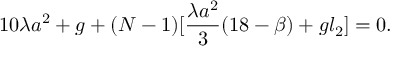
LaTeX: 1 0 \lambda a ^ { 2 } + g + ( N - 1 ) [ \frac { \lambda a ^ { 2 } } 3 ( 1 8 - \beta ) + g l _ { 2 } ] = 0 .